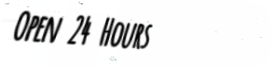
Open 24 Hours